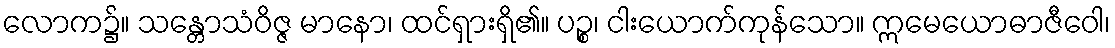
လောက၌။ သန္တောသံဝိဇ္ဇ မာနော၊ ထင်ရှားရှိ၏။ ပဉ္စ၊ ငါးယောက်ကုန်သော။ ဣမေယောဓာဇီဝေါ၊